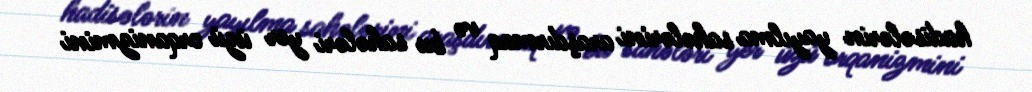
hadisələrin yayılma sahələrini araşdırmaq və bu sahələri yer üzü orqanizmini